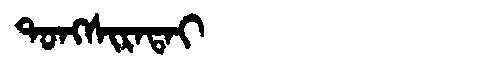
Manchu: ᡨᠣᠩᠰᡳᡵᠠᡨᠠᡳ
Romanization: TONGSIRATAI